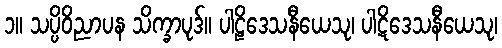
၁။ သပ္ပိဝိညာပန သိက္ခာပုဒ်။ ပါဠိဒေသနီယေသု၊ ပါဋိဒေသနီယေသု၊